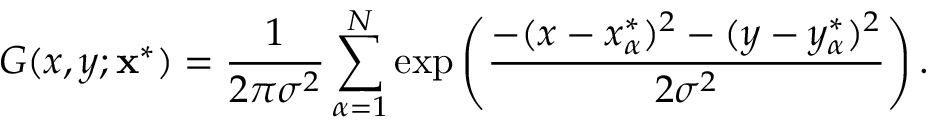
G ( x , y ; \mathbf x ^ { * } ) = \frac { 1 } { 2 \pi \sigma ^ { 2 } } \sum _ { \alpha = 1 } ^ { N } \exp \left( \frac { - ( x - x _ { \alpha } ^ { * } ) ^ { 2 } - ( y - y _ { \alpha } ^ { * } ) ^ { 2 } } { 2 \sigma ^ { 2 } } \right) .